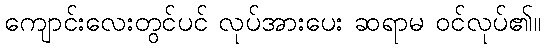
ကျောင်းလေးတွင်ပင် လုပ်အားပေး ဆရာမ ဝင်လုပ်၏။